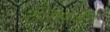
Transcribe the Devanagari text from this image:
टीजेएसबीने